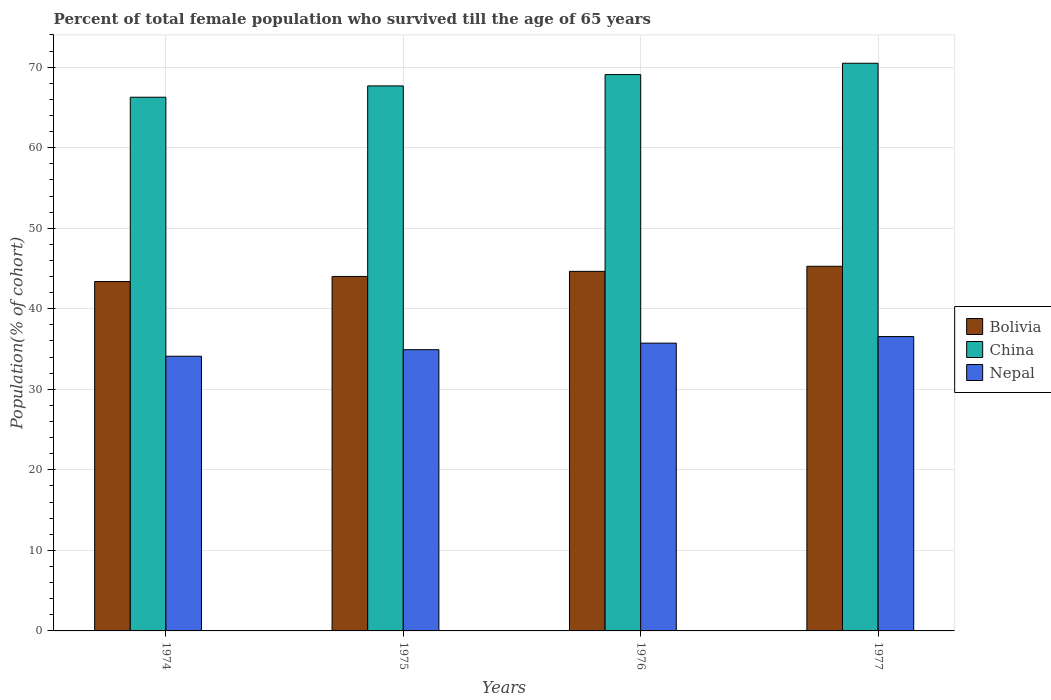
| Years | Bolivia | China | Nepal |
 | --- | --- | --- | --- |
 | 1974 | 43.4 | 66.3 | 34.1 |
 | 1975 | 44 | 67.7 | 34.9 |
 | 1976 | 44.6 | 69.1 | 35.7 |
 | 1977 | 45.3 | 70.5 | 36.5 |